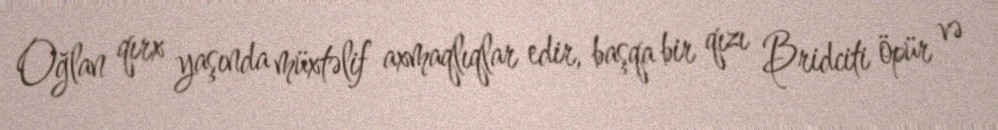
Oğlan qırx yaşında müxtəlif axmaqlıqlar edir, başqa bir qızı Bridciti öpür və